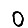
Digit: 0